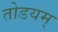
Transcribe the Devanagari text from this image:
तोडयम्